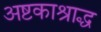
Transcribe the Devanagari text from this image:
अष्टकाश्राद्ध